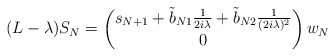
\begin{align*}(L-\lambda)S_N= \begin{pmatrix} s_{N+1}+ \tilde b_{N1}\frac{1}{2i\lambda} + \tilde b_{N2}\frac{1}{(2i\lambda)^2}\\0\end{pmatrix}w_N\end{align*}